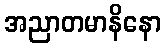
အညာတမာနိနော